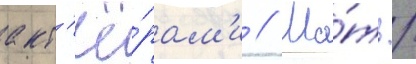
акт'ё́рам'и // Ма́ть /